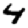
Digit: 4